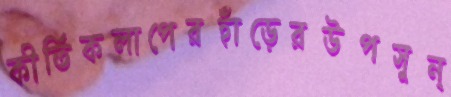
কীর্তিকলাপেরহাঁড়েরউপসুন্